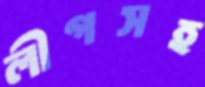
লীগসহ